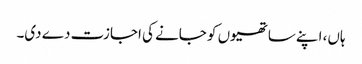
ہاں، اپنے ساتھیوں کو جانے کی اجازت دے دی۔